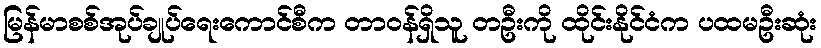
မြန်မာစစ်အုပ်ချုပ်ရေးကောင်စီက တာဝန်ရှိသူ တဦးကို ထိုင်းနိုင်ငံက ပထမဦးဆုံး